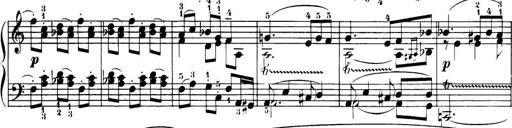
Title: 32 Sonatinas and Rondos for the Piano
Composer: Richard Kleinmichel